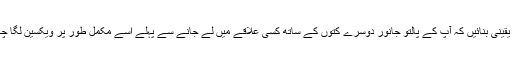
تاہم ، یہ یقینی بنائیں کہ آپ کے پالتو جانور دوسرے کتوں کے ساتھ کسی علاقے میں لے جانے سے پہلے اسے مکمل طور پر ویکسین لگا چکے ہیں۔